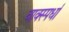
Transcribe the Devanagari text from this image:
वाक्स्पर्धा